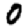
Digit: 0